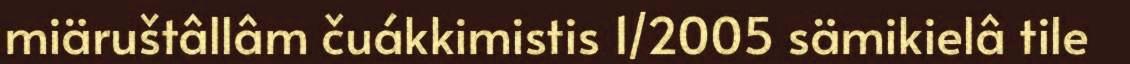
miäruštâllâm čuákkimistis 1/2005 sämikielâ tile